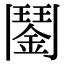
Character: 𩰔